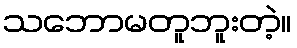
သဘောမတူဘူးတဲ့။